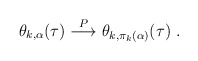
\begin{align*} \theta_{k,\alpha}(\tau) \stackrel{P}{\longrightarrow} \theta_{k,\pi_k(\alpha)}(\tau)~.\end{align*}